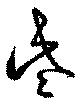
些